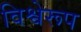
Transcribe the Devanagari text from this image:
विश्वेरूप